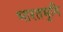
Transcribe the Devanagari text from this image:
भारतभुमि